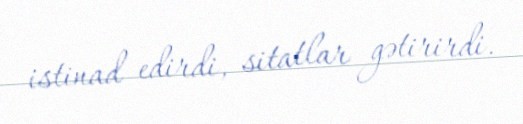
istinad edirdi, sitatlar gətirirdi.